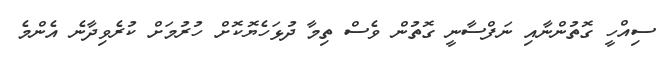
ސިއްހީ ގޮތުންނާއި ނަފްސާނީ ގޮތުން ވެސް ތިމާ ދުޅަހެޔޮކޮށް ހުރުމަށް ކުރެވިދާނެ އެންމެ